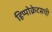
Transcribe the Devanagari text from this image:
हिप्पोक्रेटसची